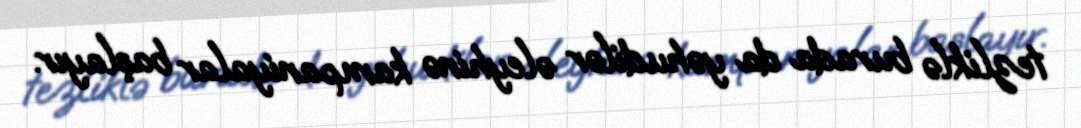
tezliklə burada da yəhudilər əleyhinə kampaniyalar başlayır.